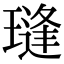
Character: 㻱